Annual report of the Central Committee of the Association together with the report of the directors of the Pasteur Institute at Kasauli
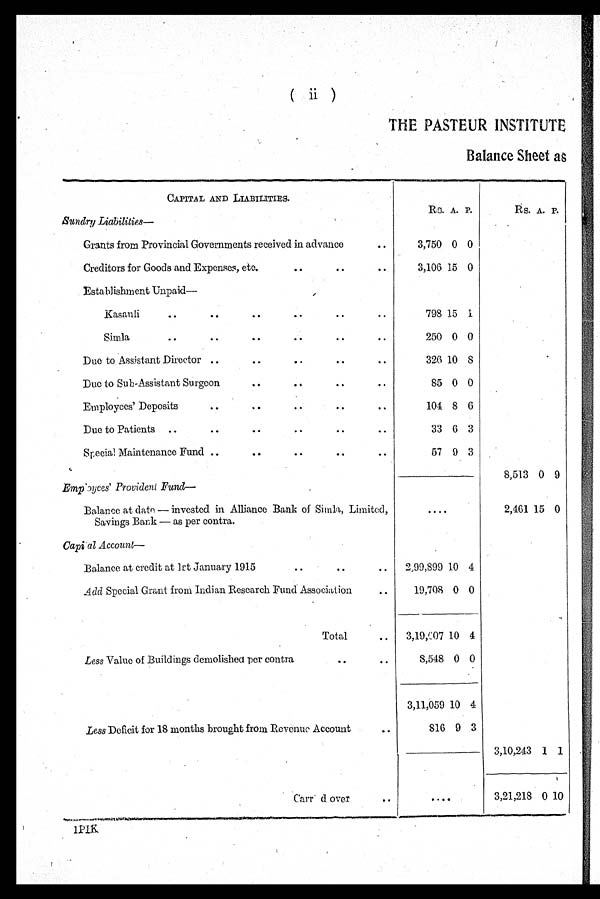
(
ii
)
THE PASTEUR INSTITUTE
Balance Sheet as
CAPITAL AND LIABILITIES.
Sundry Liabilities—
Rs. A. P.
Rs. A. P.
Grants from Provincial Governments received in advance
..
3,750 0 0
Creditors for Goods and Expenses, etc.
..
..
..
3,106 15 0
Establishment Unpaid—
Kasai-di
..
..
..
..
..
798 15 1
Simla
..
..
..
..
..
250 0 0
Due to Assistant Director
..
..
..
..
..
326 10 8
Due to Sub-Assistant Surgeon
..
..
..
..
85 0 0
Employees' Deposits
.. ..
..
..
.. ..
104 8 6
Due to Patients ..
..
..
..
..
..
33 6 3
Special Maintenance Fund ..
..
..
..
..
57 9 3
Empoyees' Provident Fund—
8,513 0 9
Balance at date — invested in Alliance Bank of Simla, Limited,
Savings Bank — as per contra.
....
2 , 4 6 1
15 0
Capi al Account—
Balance at credit at 1st January 1915
..
..
.. 2,99,899 10 4
Add Special Grant from Indian Research Fund Association ..
1 9 , 7 0 8 0 0
Total ..
3,19,607 10 4
Less Value of Buildings demolished per contra
. . . .
8,548 0 0
3,11,059 10 4
Less Deficit for 18 months brought from Revenue Account
..
816 9 3
3,10,243 1 1
Carr d over ..
. . . .
3,21,218 0 10
1 P I K